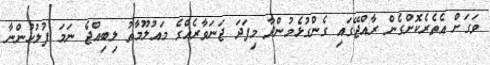
ވަގަށް އެތެރެކޮށްގެން ރާއްޖޭގައި ގެންގުޅެމުންދާ މިފަދަ ޖަނަވާރެއްގެ މައުލޫމާތު ލިބިއްޖެ ނަމަ ފުލުހުންނާ